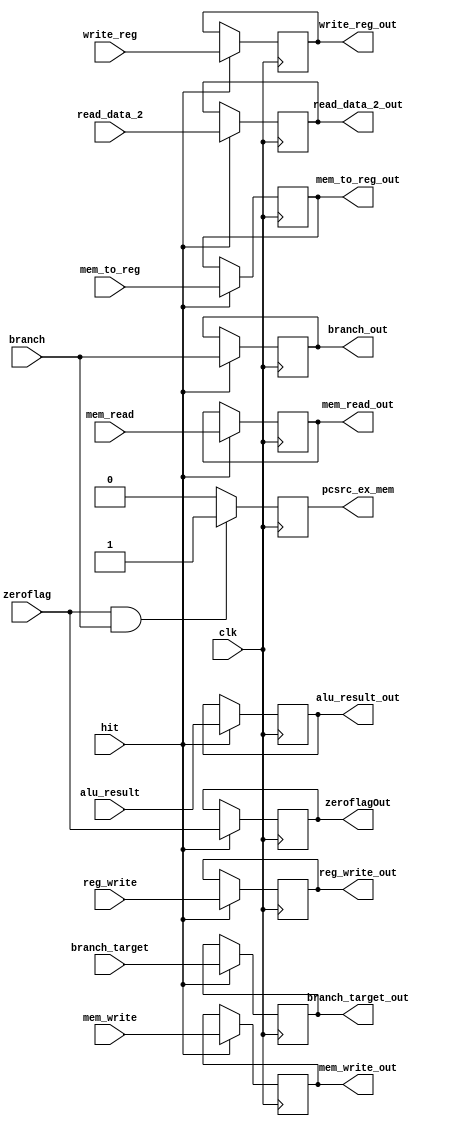
`timescale 1ns / 1ps

module EX_MEM_reg (
   input clk,
	input hit,
	input [31:0] branch_target,
	input [31:0] alu_result,
	input [31:0] read_data_2,
	input [ 4:0] write_reg,
	input branch,
	input zeroflag,
	input mem_to_reg,
	input reg_write, 
	input mem_read, 
	input mem_write,
	
	

	output reg [31:0] branch_target_out,
	output reg [31:0] alu_result_out,
	output reg [31:0] read_data_2_out,
	output reg [ 4:0] write_reg_out,
	output reg zeroflagOut,
	output reg mem_to_reg_out,
	output reg reg_write_out, 
	output reg mem_read_out, 
	output reg mem_write_out,
	output reg branch_out,
	output reg pcsrc_ex_mem
	);
	initial pcsrc_ex_mem = 0;
	always @(negedge clk) begin
		if (hit == 1'b1) begin
			branch_target_out <= branch_target;
			alu_result_out <= alu_result;
			read_data_2_out <= read_data_2;
			write_reg_out <= write_reg;
			mem_to_reg_out <= mem_to_reg; 
			reg_write_out <= reg_write;
			mem_read_out <= mem_read;  
			mem_write_out <= mem_write;
			branch_out <= branch;
			zeroflagOut <= zeroflag;
		end	
	end
	always @(negedge clk)
		if(zeroflag & branch)
			pcsrc_ex_mem = 1;
		else
			pcsrc_ex_mem = 0;
	
	
endmodule